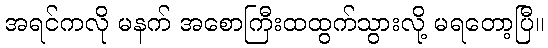
အရင်ကလို မနက် အစောကြီးထထွက်သွားလို့ မရတော့ပြီ။